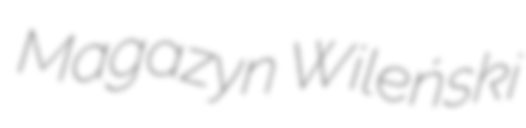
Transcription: Magazyn Wileński